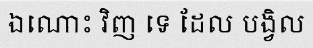
ឯណោះ វិញ ទេ ដែល បង្វិល